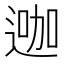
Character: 𨔗